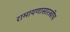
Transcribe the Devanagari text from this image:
रामायणासारखीच